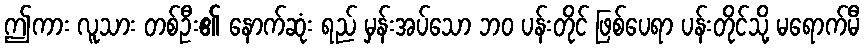
ဤကား လူသား တစ်ဦး၏ နောက်ဆုံး ရည် မှန်းအပ်သော ဘဝ ပန်းတိုင် ဖြစ်ပေရာ ပန်းတိုင်သို့ မရောက်မီ